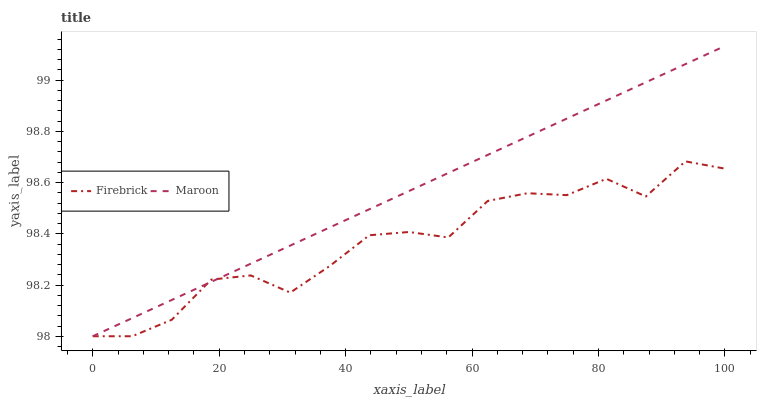
| xaxis_label | Firebrick | Maroon |
 | --- | --- | --- |
 | 0 | 98 | 98 |
 | 6.25 | 98 | 98.1 |
 | 12.5 | 98.1 | 98.1 |
 | 18.8 | 98.2 | 98.2 |
 | 25 | 98.2 | 98.3 |
 | 31.2 | 98.2 | 98.4 |
 | 37.5 | 98.3 | 98.4 |
 | 43.8 | 98.4 | 98.5 |
 | 50 | 98.4 | 98.6 |
 | 56.2 | 98.4 | 98.6 |
 | 62.5 | 98.5 | 98.7 |
 | 68.8 | 98.6 | 98.8 |
 | 75 | 98.6 | 98.9 |
 | 81.2 | 98.6 | 98.9 |
 | 87.5 | 98.5 | 99 |
 | 93.8 | 98.7 | 99.1 |
 | 100 | 98.7 | 99.1 |